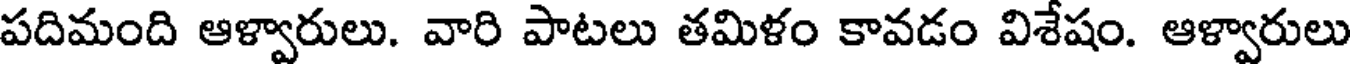
పదిమంది ఆళ్వారులు. వారి పాటలు తమిళం కావడం విశేషం. ఆళ్వారులు